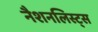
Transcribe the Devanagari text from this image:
नैशनलिस्ट्स